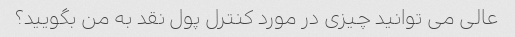
عالی می توانید چیزی در مورد کنترل پول نقد به من بگویید؟